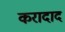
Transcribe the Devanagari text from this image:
करादाद